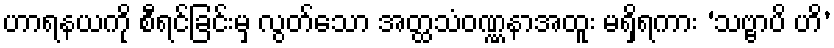
ဟာရနယကို စီရင်ခြင်းမှ လွတ်သော အတ္ထသံဝဏ္ဏနာအထူး မရှိရကား ‘သဗ္ဗာပိ ဟိ’